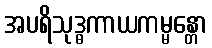
အပရိသုဒ္ဓကာယကမ္မန္တော